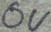
Text: 0V